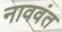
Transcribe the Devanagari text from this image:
नाववंत